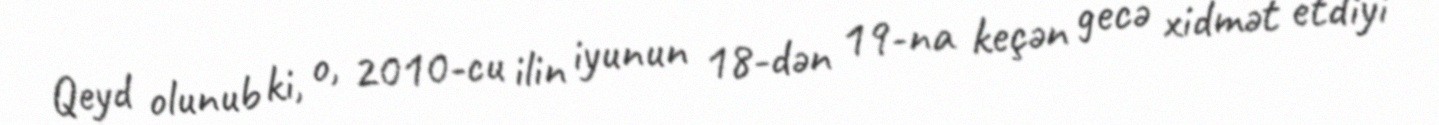
Qeyd olunub ki, o, 2010-cu ilin iyunun 18-dən 19-na keçən gecə xidmət etdiyi